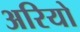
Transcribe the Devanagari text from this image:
अरियो